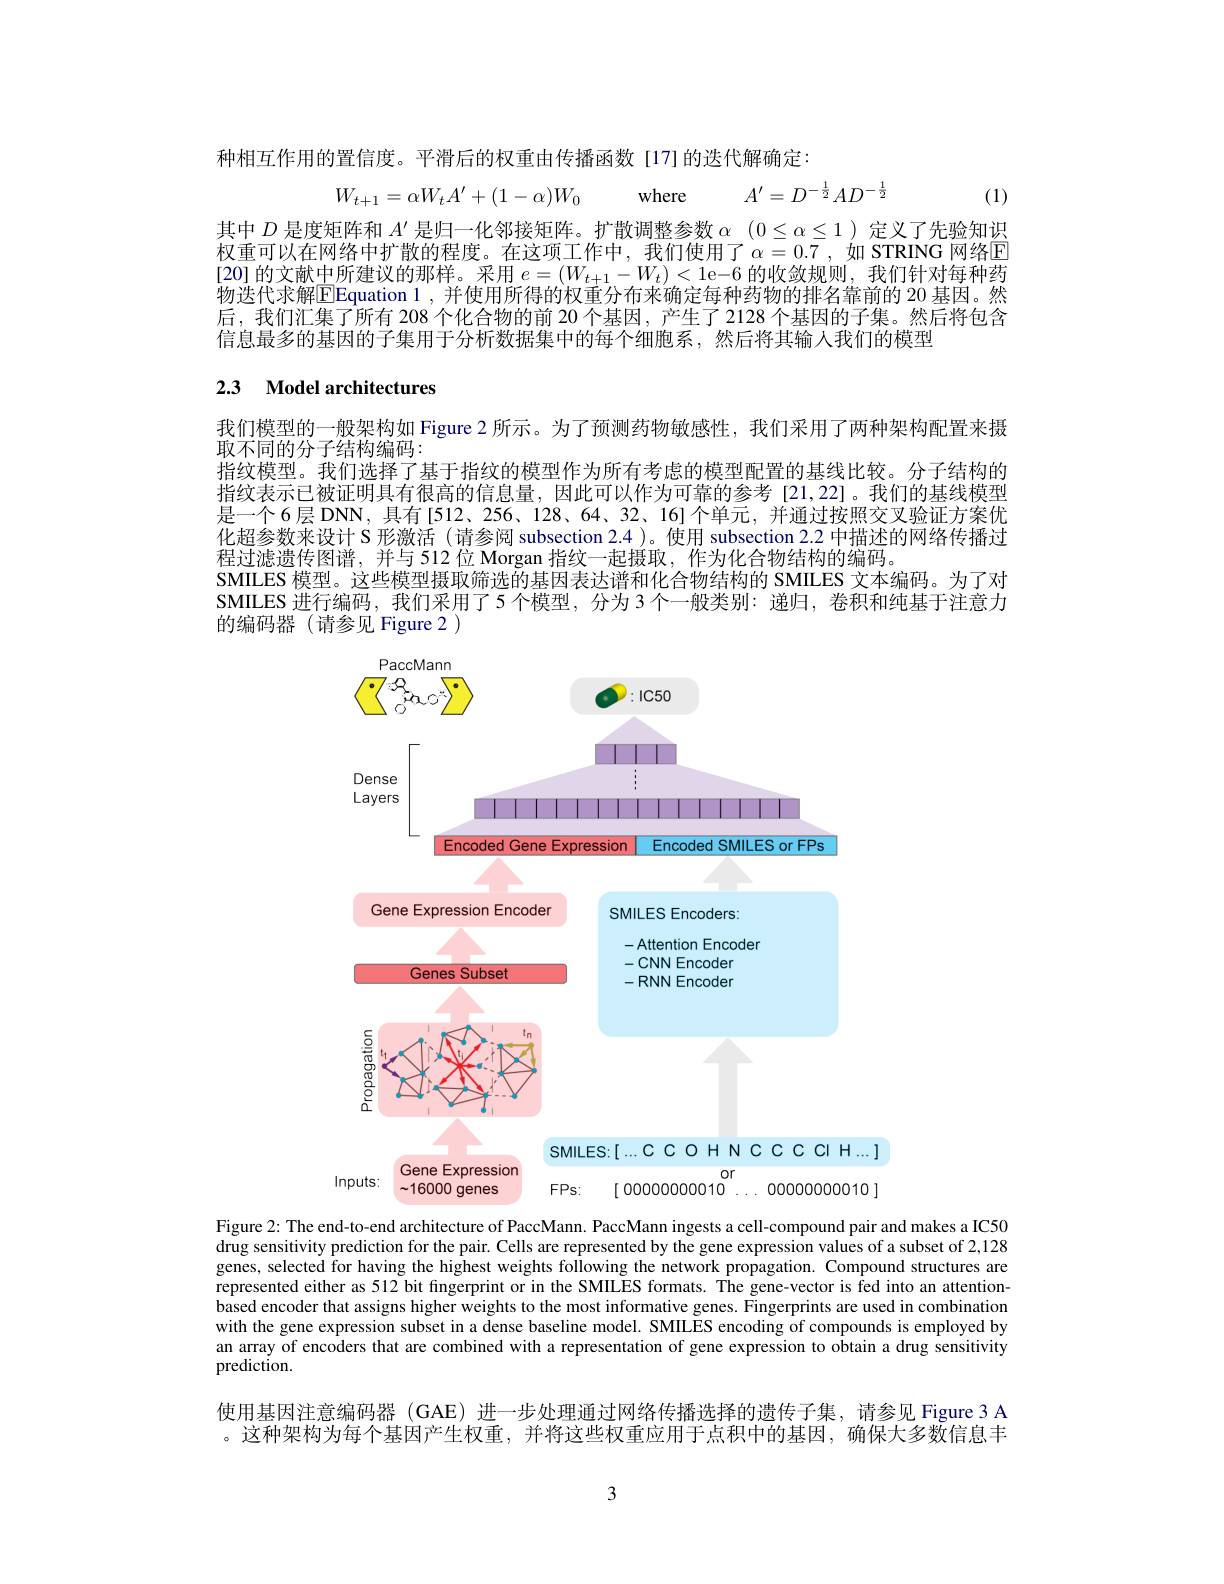
种相互作用的置信度。平滑后的权重由传播函数[17]的迭代解确定：
$$W_{t+1}=\alpha W_{t}A'+(1-\alpha)W_{0}\quad\mathrm{where}\quad A'=D^{-\frac{1}{2}}AD^{-\frac{1}{2}}$$
(1)

其中$D$是度矩阵和$A^\prime$是归一化邻接矩阵。扩散调整参数$\alpha$ $( 0\leq \alpha \leq 1)$定义了先验知识权重可以在网络中扩散的程度。在这项工作中，我们使用了$\alpha=0.7$,如 STRING 网络E [20] 的文献中所建议的那样。采用$e=(W_{t+1}-W_t)<1$e-6 的收敛规则，我们针对每种药物设代求触FEquation 1.并便用听得的权重分布来确定每种约物的排名靠前的 20 基因。然后，我们汇集了所有 208 个化合物的前 20 个基因，产生了 2128 个基因的子集。然后将包含信息最多的基因的子集用于分析数据集中的每个细胞系，然后将其输人我们的模型

## 2.3 $\textbf{Model architectures}$

我们模型的一般架构如 Figure 2 所示。为了预测药物敏感性，我们采用了两种架构配置来摄
取不同的分子结构编码：
指纹模型。我们选择了基于指纹的模型作为所有考虑的模型配置的基线比较。分子结构的指纹表示已被证明具有很高的信息量，因此可以作为可靠的参考[21,22]。我们的基线模型是一个6层 DNN, 具有[512、256、128、64、32、16] 个单元，并通过按照交叉验证方案优化超参数来设计 S 形激活 (请参阅 subsection 2.4 )。使用 subsection 2.2 中描述的网络传播过程过滤遗传图谱，并与 512 位 Morgan 指纹一起摄取，作为化合物结构的编码。
SMILES 模型。这些模型摄取筛选的基因表达谱和化合物结构的 SMILES 文本编码。为了对SMILES 进行编码，我们采用了5 个模型，分为 3 个一般类别：递归，卷积和纯基于注意力的编码器 (请参见 Figure 2 )

<FigureHere>

Figure 2: The end-to-end architecture of PaccMann. PaccMann ingests a cell-compound pair and makes a IC50 drug sensitivity prediction for the pair. Cells are represented by the gene expression values of a subset of 2,128 genes, selected for having the highest weights following the network propagation. Compound structures are represented either as 512 bit fingerprint or in the SMILES formats. The gene-vector is fed into an attentionbased encoder that assigns higher weights to the most informative genes. Fingerprints are used in combination with the gene expression subset in a dense baseline model. SMILES encoding of compounds is employed by an array of encoders that are combined with a representation of gene expression to obtain a drug sensitivity prediction.

使用基因注意编码器 (GAE) 进一步处理通过网络传播选择的遗传子集，请参见 Figure 3 A 。这种架构为每个基因产生权重，并将这些权重应用于点积中的基因，确保大多数信息丰

3